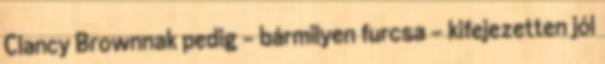
Clancy Brownnak pedig – bármilyen furcsa – kifejezetten jól